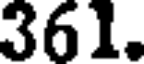
361.